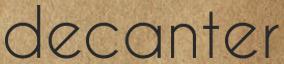
decanter